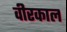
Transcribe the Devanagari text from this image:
वीरकाल